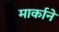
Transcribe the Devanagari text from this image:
मार्काने